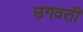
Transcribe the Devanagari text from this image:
उगवती